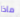
ماذا